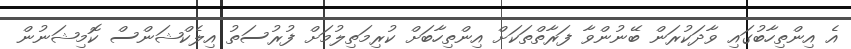
އެ އިންތިހާބުގައި ވާދަކުރަން ބޭނުންވާ ފަރާތްތަކަށް އިންތިހާބަށް ކުރިމަތިލުމަށް ފުރުސަތު އިލެކްޝަންސް ކޮމިޝަނުން